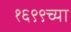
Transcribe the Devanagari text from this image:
१६९९च्या